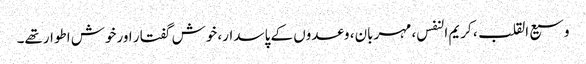
وسیع القلب، کریم النفس، مہربان، وعدوں کے پاسدار، خوش گفتار اورخوش اطوارتھے۔